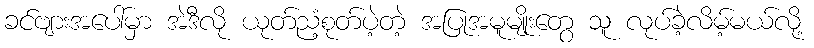
ခင်ဗျားအပေါ်မှာ အဲဒီလို ယုတ်ညံ့စုတ်ပဲ့တဲ့ အပြုအမူမျိုးတွေ သူ လုပ်ခဲ့လိမ့်မယ်လို့